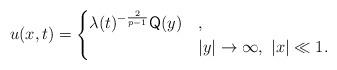
LaTeX: \begin{align*} u(x,t)= \begin{cases} \lambda(t)^{-\frac{2}{p-1}} {\sf Q}(y) & , \\ & |y|\to\infty,\ |x|\ll1. \end{cases} \end{align*}